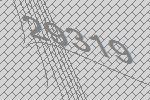
29319